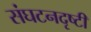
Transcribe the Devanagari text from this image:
संघटनदृष्टी